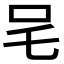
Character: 𭆿